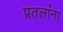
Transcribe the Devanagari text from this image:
प्रतलांना